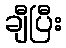
ချီပြီး